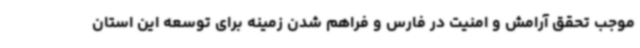
موجب تحقق آرامش و امنیت در فارس و فراهم شدن زمینه برای توسعه این استان